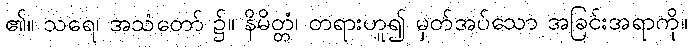
၏။ သရေ၊ အသံတော် ၌။ နိမိတ္တံ၊ တရားဟူ၍ မှတ်အပ်သော အခြင်းအရာကို။